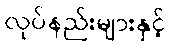
လုပ်နည်းများနှင့်